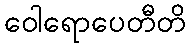
ဝေါရောပေတီတိ